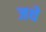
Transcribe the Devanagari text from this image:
जथे